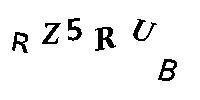
RZ5RUB